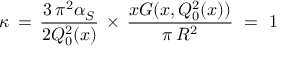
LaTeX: \kappa \, = \, \frac { 3 \, \pi ^ { 2 } \alpha _ { S } } { 2 Q _ { 0 } ^ { 2 } ( x ) } \, \times \, \frac { x G ( x , Q _ { 0 } ^ { 2 } ( x ) ) } { \pi \, R ^ { 2 } } \, \, = \, \, 1